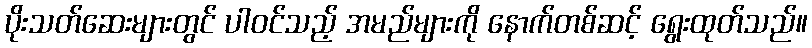
ပိုးသတ်ဆေးများတွင် ပါဝင်သည့် အမည်များကို နောက်တစ်ဆင့် ရွေးထုတ်သည်။